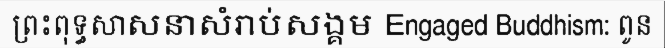
ព្រះពុទ្ធសាសនាសំរាប់សង្គម Engaged Buddhism: ពូន